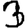
Digit: 3